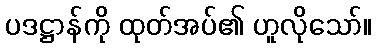
ပဒဋ္ဌာန်ကို ထုတ်အပ်၏ ဟူလိုသော်။